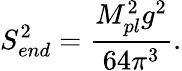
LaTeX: S_{end}^{2}={\frac{M_{pl}^{2}g^{2}}{64\pi^{3}}}.